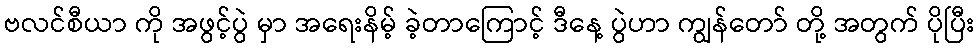
ဗလင်စီယာ ကို အဖွင့်ပွဲ မှာ အရေးနိမ့် ခဲ့တာကြောင့် ဒီနေ့ ပွဲဟာ ကျွန်တော် တို့ အတွက် ပိုပြီး